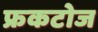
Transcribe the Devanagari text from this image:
फ्रकटोज